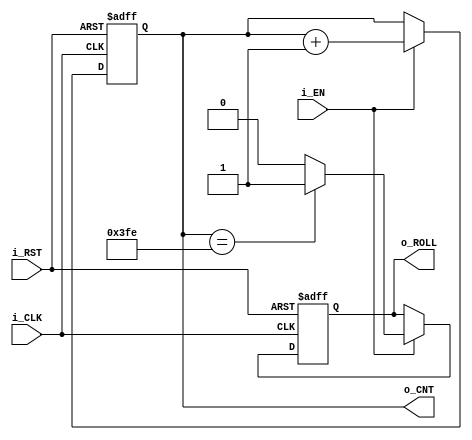
module up_counter #(
        parameter COUNT_TARGET =  1023, //What value the counter should count to beforee reseting
        parameter COUNT_WIDTH = 10
    ) (
    input wire i_CLK,                               //Clock
    input wire i_RST,                               //Reset
    input wire i_EN,                                //Enable start counting 
    output reg [COUNT_WIDTH - 1:0] o_CNT,           //Output count
    output reg o_ROLL                               //Indicates if there was a roll over
    );

    always @(posedge i_CLK, posedge i_RST) begin
        if(i_RST) begin                             //Asynch reset
            o_CNT <= 0;                             //Reset counter to 0
            o_ROLL <= 0;                            //Reset roll over to 0
        end 
        else if(i_EN) begin                         //if i_EN asserted, start counting
            o_CNT <= o_CNT + 1; 

            if(o_CNT == COUNT_TARGET - 1) begin
                o_ROLL <= 1;               
            end
            else begin
                o_ROLL <= 0;
            end
        end
    end
endmodule
`default_nettype wire